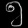
Digit: ၅